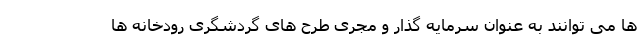
ها می توانند به عنوان سرمایه گذار و مجری طرح های گردشگری رودخانه ها